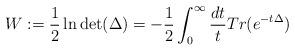
LaTeX: \begin{align*} W := \frac{1}{2} \ln \det (\Delta) = - \frac{1}{2} \int_0^\infty \frac{dt}{t} Tr(e^{-t\Delta} )\end{align*}